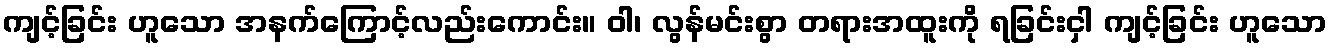
ကျင့်ခြင်း ဟူသော အနက်ကြောင့်လည်းကောင်း။ ဝါ၊ လွန်မင်းစွာ တရားအထူးကို ရခြင်းငှါ ကျင့်ခြင်း ဟူသော